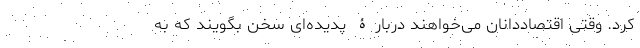
کرد. وقتی اقتصاددانان می‌خواهند دربارۀ پدیده‌‌ای سخن بگویند که به